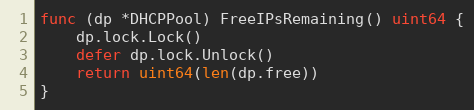
Language: Go
func (dp *DHCPPool) FreeIPsRemaining() uint64 {
	dp.lock.Lock()
	defer dp.lock.Unlock()
	return uint64(len(dp.free))
}